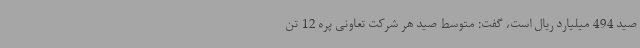
صید 494 میلیارد ریال است، گفت: متوسط صید هر شرکت تعاونی پره 12 تن